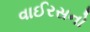
વાઈરસનો